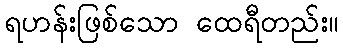
ရဟန်းဖြစ်သော ထေရီတည်း။